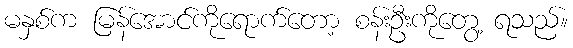
မနှစ်က မြန်အောင်ကိုရောက်တော့ စန်းဦးကိုတွေ့ ရသည်။